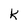
Character: k